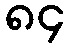
၈၄